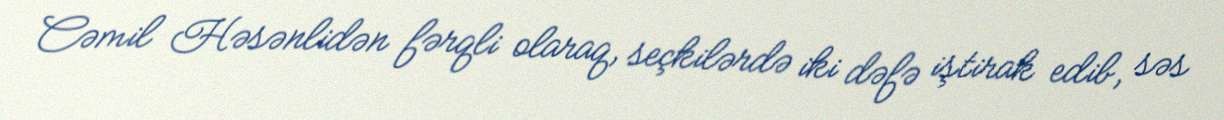
Cəmil Həsənlidən fərqli olaraq, seçkilərdə iki dəfə iştirak edib, səs